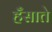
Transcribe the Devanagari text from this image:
हँसाते